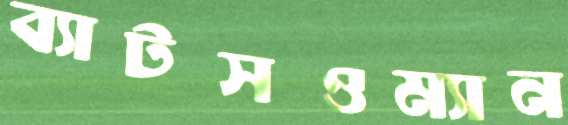
ব্যাটসওম্যান